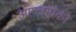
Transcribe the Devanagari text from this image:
आम्लांपैकी